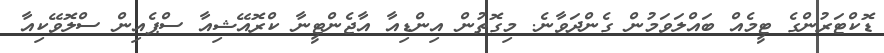
ޑޮކްޓަރުންގެ ޓީމެއް ބައްލަވަމުން ގެންދަވާނެ. މިގޮތުން އިންޑިއާ އާޖެންޓީނާ ކްރޮއޭޝިއާ ސްޕެއިން ސްލޮވޭކިއާ